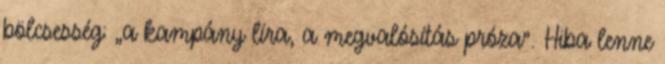
bölcsesség: „a kampány líra, a megvalósítás próza”. Hiba lenne